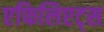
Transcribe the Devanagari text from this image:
एफिलिएट्स